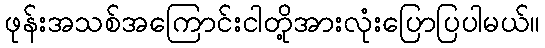
ဖုန်းအသစ်အကြောင်းငါတို့အားလုံးပြောပြပါမယ်။